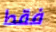
فقط